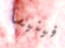
فينيسا